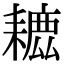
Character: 𦔗